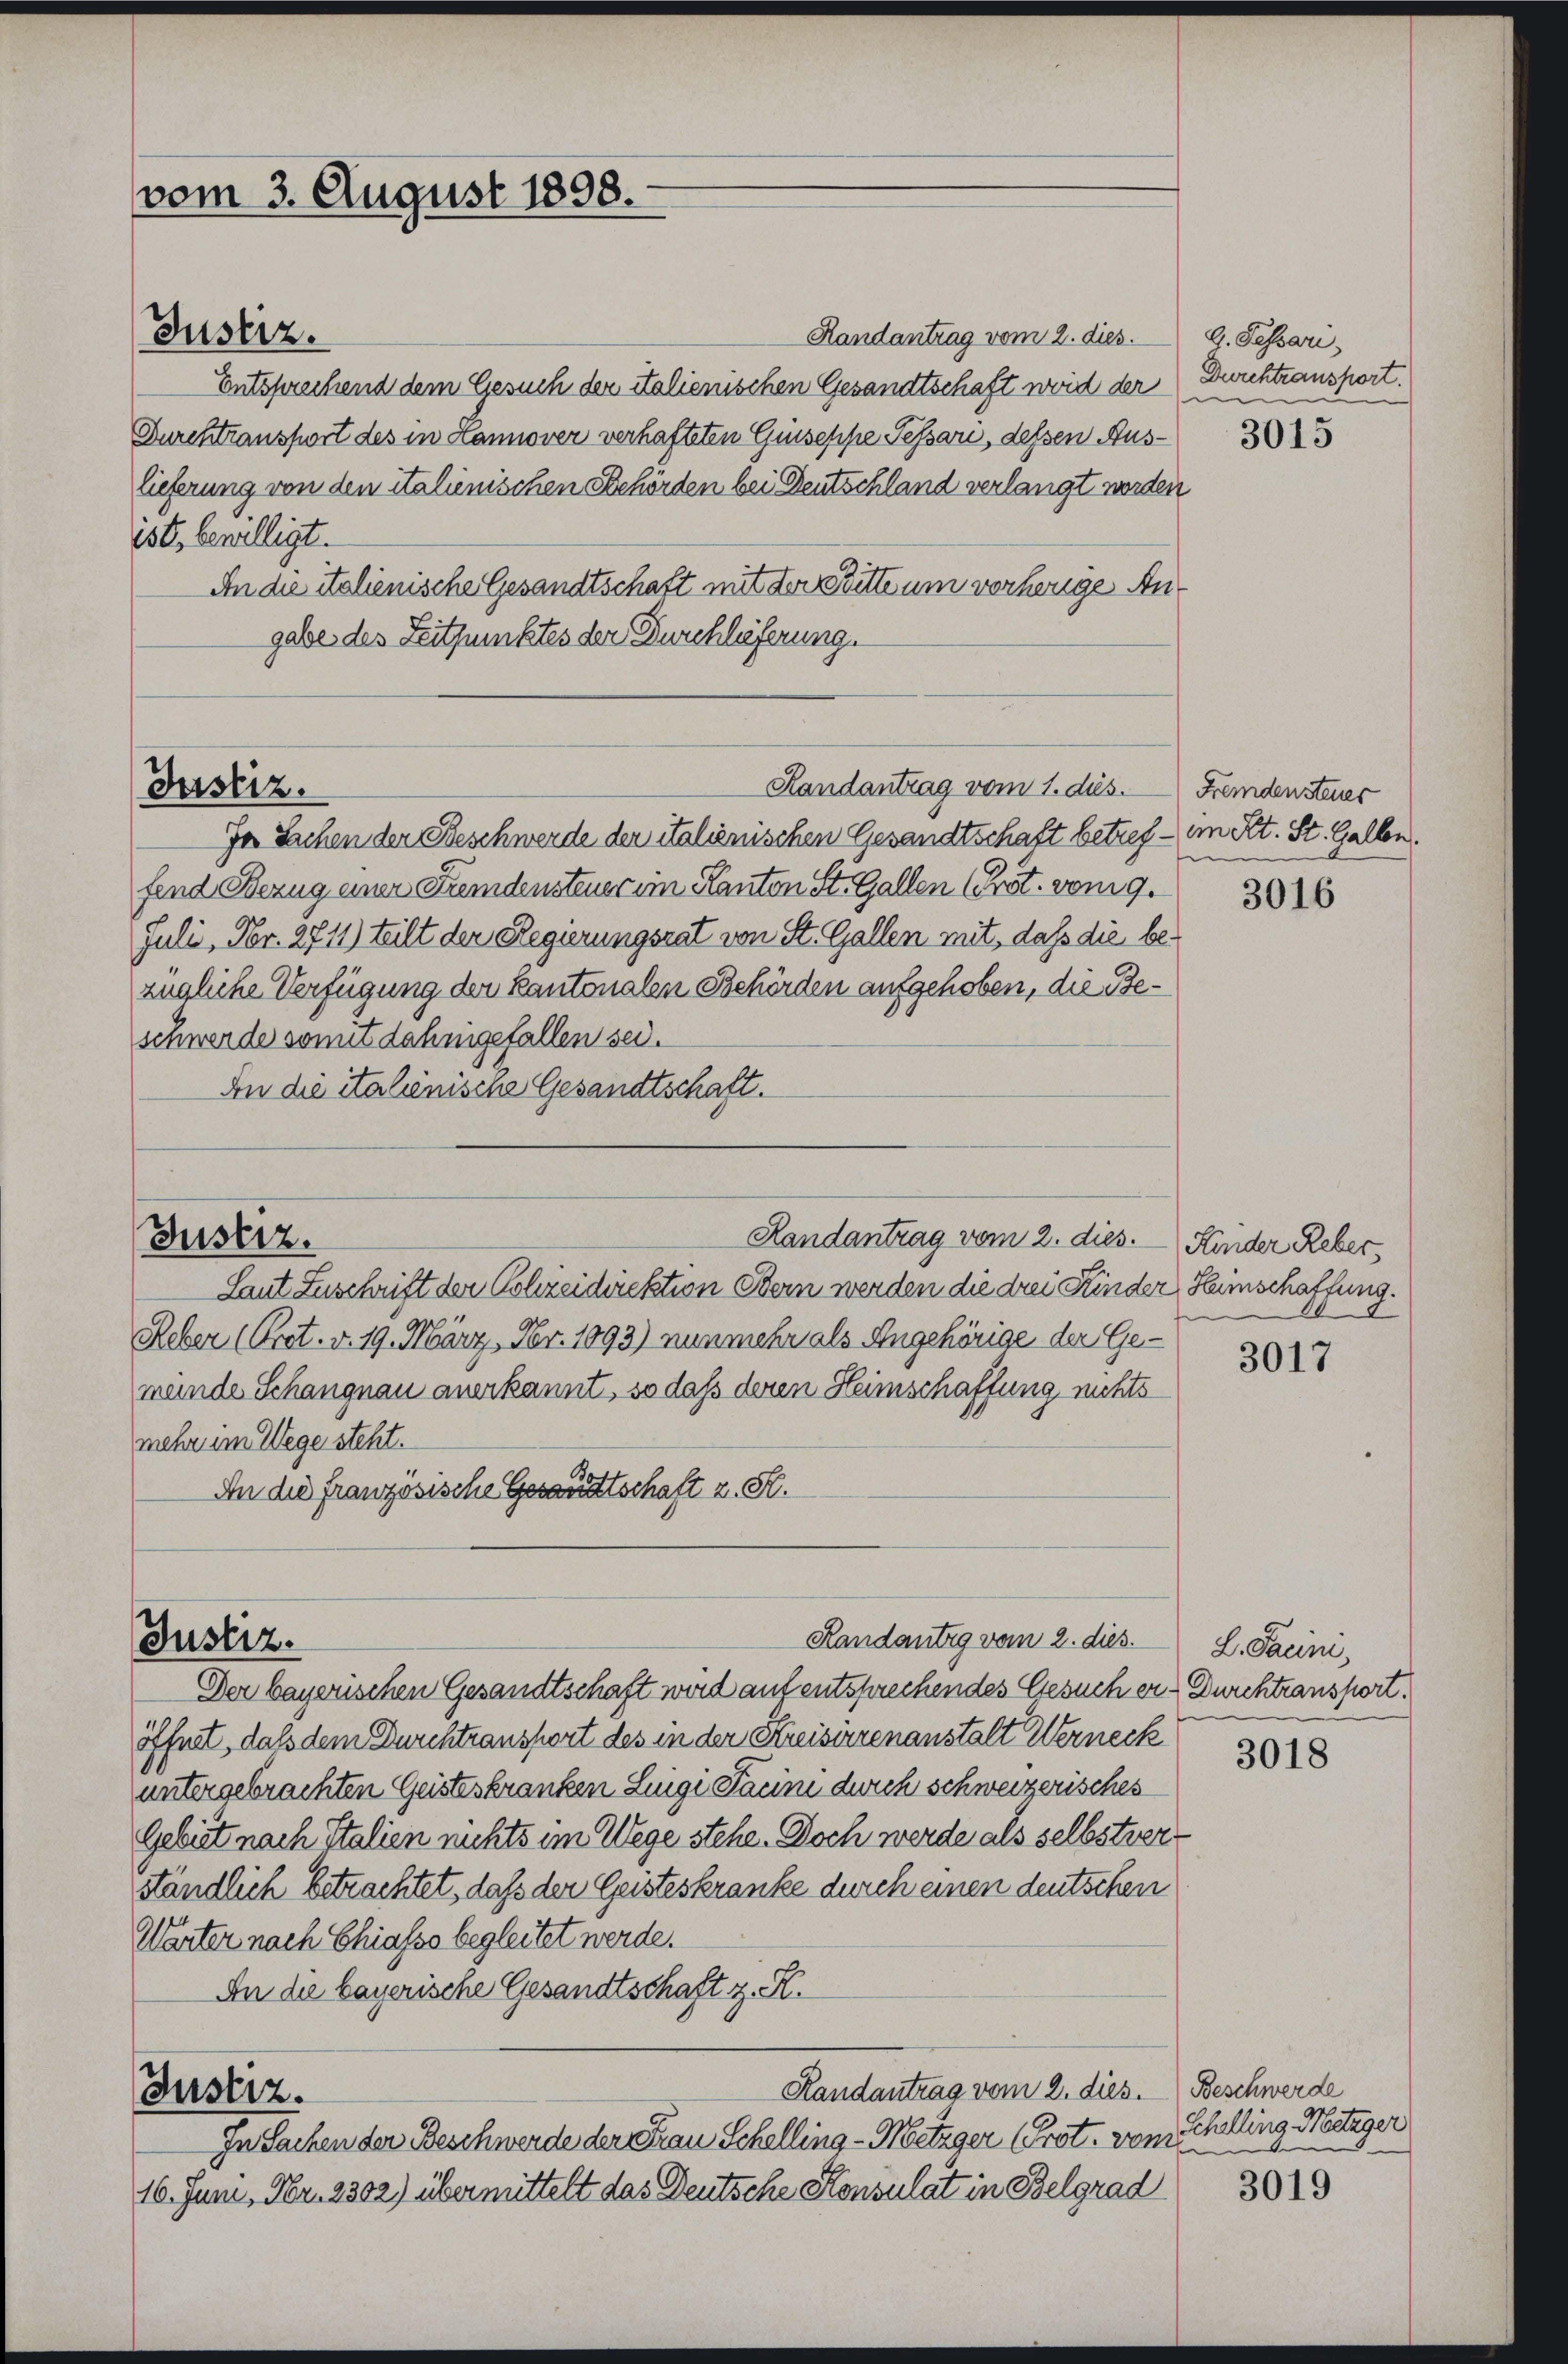
vom 3. August 1898.

Handantrag vom 2. dies.
Entsprechend dem Gesuch der italienischen Gesandtschaft word der
Durchtransport des in Hannover verhafteten Guseppe Pessari, dessen Auslieferung von den italienischen Behörden bei Deutschland verlangt worden
ist, bewilligt.
An die italienische Gesandtschaft mit der Bitte um vorherige Angabe des Zeitpunktes der Durchlieferung.

Justiz.

Randantrag vom 1. dus.
Justiz.

Randantrag vom 2. dies.
Justiz.

Justiz.

Ja Sachen der Beschwerde der italienischen Gesandtschaft betref- im Kt. St. Gallen.
fend Bezug einer Fremdensteuer im Kanton St. Gallen (Prot. vom 9.
Juli, Fr. 2711) teilt der Regierungsrat von St. Gallen mit, daß die bezügliche Verfügung der Kantonalen Behörden aufgehoben, die Beschwerde somit daheigefallen sei.
An die italienische Gesandtschaft.

Randantig vom 2. dies

Laut Zuschrift der Schreidirektion Bern werden die drei Kinder, Heinschaffung.
Reber (Prot. v. 19. März, Nr. 1093) nunmehr als Angehörige der Gemeinde Schangnau anerkannt, so dass deren Heimschaffung nichts
mehr im Wege steht.
An die französische Gesandtschaft z. S.

Der bayerischen Gesandtschaft wird auf entsprechendes Gesuch er Durchtransport.
öffnet, daß dem Durchtransport des in der Kreisierenanstalt Werneck
untergebrachten Geisteskranken Luigi Pacini durch schweizerisches
Gebiet nach Italien nichts im Wege stehe. Doch werde als selbstver
ständlich betrachtet, daß der Geisteskranke durch einen deutschen
Wärter nach Chiasso begleitet werde.
An die bayerische Gesandtschaft z. R.
Randantrag vom 2. dies. Beschwerde
Justiz.
In Sachen der Beschwerde der Frau Schelling - Metzger (Prot. vom
16. Juni, Fr. 2302) übermittelt das Deutsche Konsulat in Belgrad

g. Passari
Durchtransport.

3015

Fremdensteuer
e

3016

Kinder Reber,

3017

L. Pacini,

3018

Schelling. Metzger
i

3019